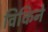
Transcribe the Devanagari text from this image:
विकिने